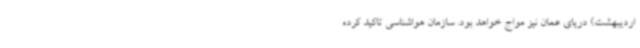
اردیبهشت) دریای عمان نیز مواج خواهد بود. سازمان هواشناسی تاکید کرده